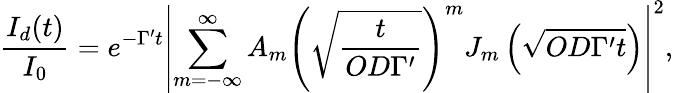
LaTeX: \frac{I_{d}(t)}{I_{0}}=e^{-\Gamma^{\prime}t}\left|\sum_{m=-\infty}^{\infty}A_{m}\left(\sqrt{\frac{t}{OD\Gamma^{\prime}}}\right)^{m}J_{m}\left(\sqrt{OD\Gamma^{\prime}t}\right)\right|^{2},